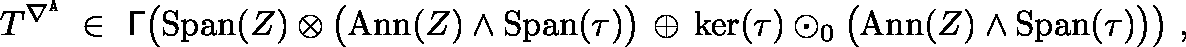
T ^ { \nabla ^ { \mathtt { A } } } \ \in \ \mathsf { \Gamma } \big ( \mathrm { S p a n } ( Z ) \otimes \big ( \mathrm { A n n } ( Z ) \wedge \mathrm { S p a n } ( \tau ) \big ) \, \oplus \, \ker ( \tau ) \odot _ { 0 } \bigl ( \mathrm { A n n } ( Z ) \wedge \mathrm { S p a n } ( \tau ) \bigr ) \big ) \ ,